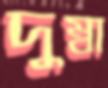
দুম্বা